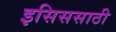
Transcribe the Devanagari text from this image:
इसिससाठी